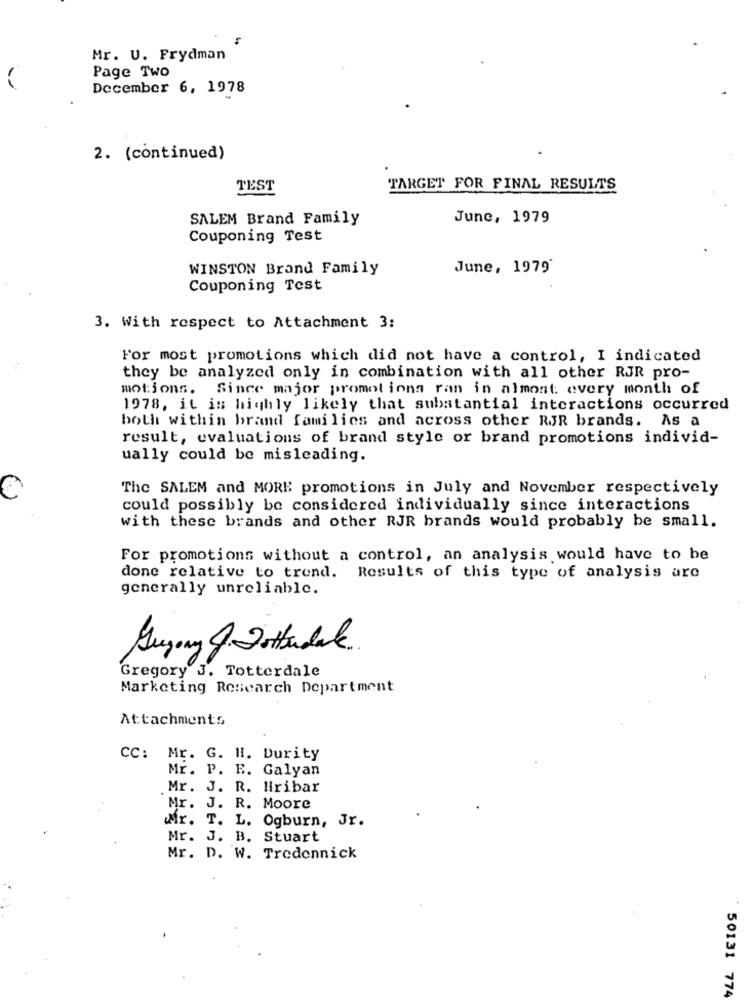
Mr. U. Frydman
Page Two
December 6, 1978
2. (continued)
TEST
TARGET FOR FINAL RESULTS
SALEM Brand Family
June, 1979
Couponing Test
WINSTON Brand Family
June, 1979
Couponing Test
3. With respect to Attachment 3:
For most promotions which did not have a control, I indicated
they be analyzed only in combination with all other RJR pro-
motions. Since major promotions ran in almost every month of
1978, it is highly likely that substantial interactions occurred
both within brand families and across other RJR brands. As a
result, evaluations of brand style or brand promotions individ-
ually could be misleading.
The SALEM and MORE promotions in July and November respectively
C
could possibly be considered individually since interactions
with these brands and other RJR brands would probably be small.
For promotions without a control, an analysis would have to be
done relative to trend.
Results of this type of analysis are
generally unreliable.
Guyony & Dottadale
Gregory J. Totterdale
Marketing Research Department
Attachments
CC: Mr. G. H. Durity
Mr. P. E. Galyan
Mr. J. R. Hiribar
Mr. J. R. Moore
Mr. T. L. Ogburn, Jr.
Mr. J. B. Stuart
Mr. D. W. Tredennick
50131 774